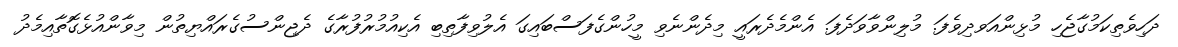
ދަހިވެތިކަމުގާޖެހި މުޅިންއަވދިވެފަ. މުލިންވާވަދެފަ. އެންމެދެރައީ މިދެންނެވި މީހުންގެފަސްބައިގަ އެލުވިފާތިބި އެކިއުމުރުފުރާގެ ދެޖިންސުގެރައްޔިތުން މިވާންއުޅެގޮތާއިމެދު